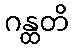
ဂန္ထတိ